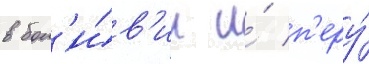
в бол'и́в'ии и́ п'еру́